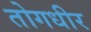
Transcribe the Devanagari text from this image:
तोगधीर